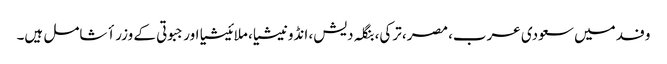
وفد میں سعودی عرب، مصر، ترکی، بنگلہ دیش، انڈونیشیا، ملائیشیا اور جبوتی کے وزراٴ شامل ہیں۔